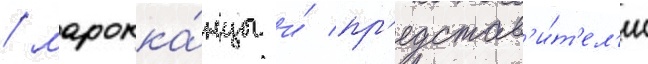
/ марокка́нцы и́ пр'едстав'и́т'ел'и